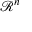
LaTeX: { \mathcal { R } } ^ { n }